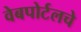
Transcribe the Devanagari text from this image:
वेबपोर्टलचे